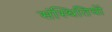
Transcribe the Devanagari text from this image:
संस्थितियों